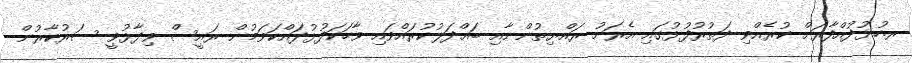
ރ.ހުޅުދުއްފާރަށް ކުރެއްވި ދަތުރުފުޅުގައި އެރަށު ރައްޔިތުންނާއި ބައްދަލުކުރައްވައި ވާހަކަފުޅުދައްކަވަމުން ރައީސް ވިދާޅުވީ ސަރުކާރުން